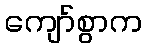
ကျော်စွာက